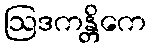
ဩဒကန္တိကေ